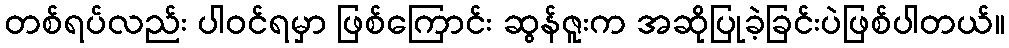
တစ်ရပ်လည်း ပါဝင်ရမှာ ဖြစ်ကြောင်း ဆွန်ဇူးက အဆိုပြုခဲ့ခြင်းပဲဖြစ်ပါတယ်။